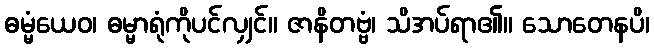
ဓမ္မံယေဝ၊ ဓမ္မာရုံကိုပင်လျှင်။ ဇာနိတဗ္ဗံ၊ သိအပ်ရာ၏။ သောတေနပိ၊